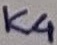
Text: K4